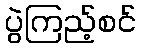
ပွဲကြည့်စင်